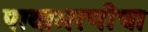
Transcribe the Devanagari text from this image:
पायाभरणीचा